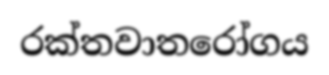
රක්තවාතරෝගය